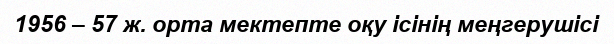
1956 – 57 ж. орта мектепте оқу ісінің меңгерушісі